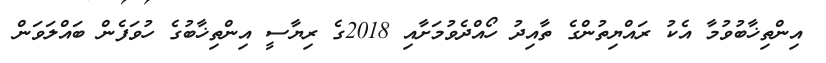
އިންތިޚާބުވުމާ އެކު ރައްޔިތުންގެ ތާއިދު ހޯއްދެވުމަށާއި 2018ގެ ރިޔާސީ އިންތިޚާބުގެ ހުވަފެން ބައްލަވަން